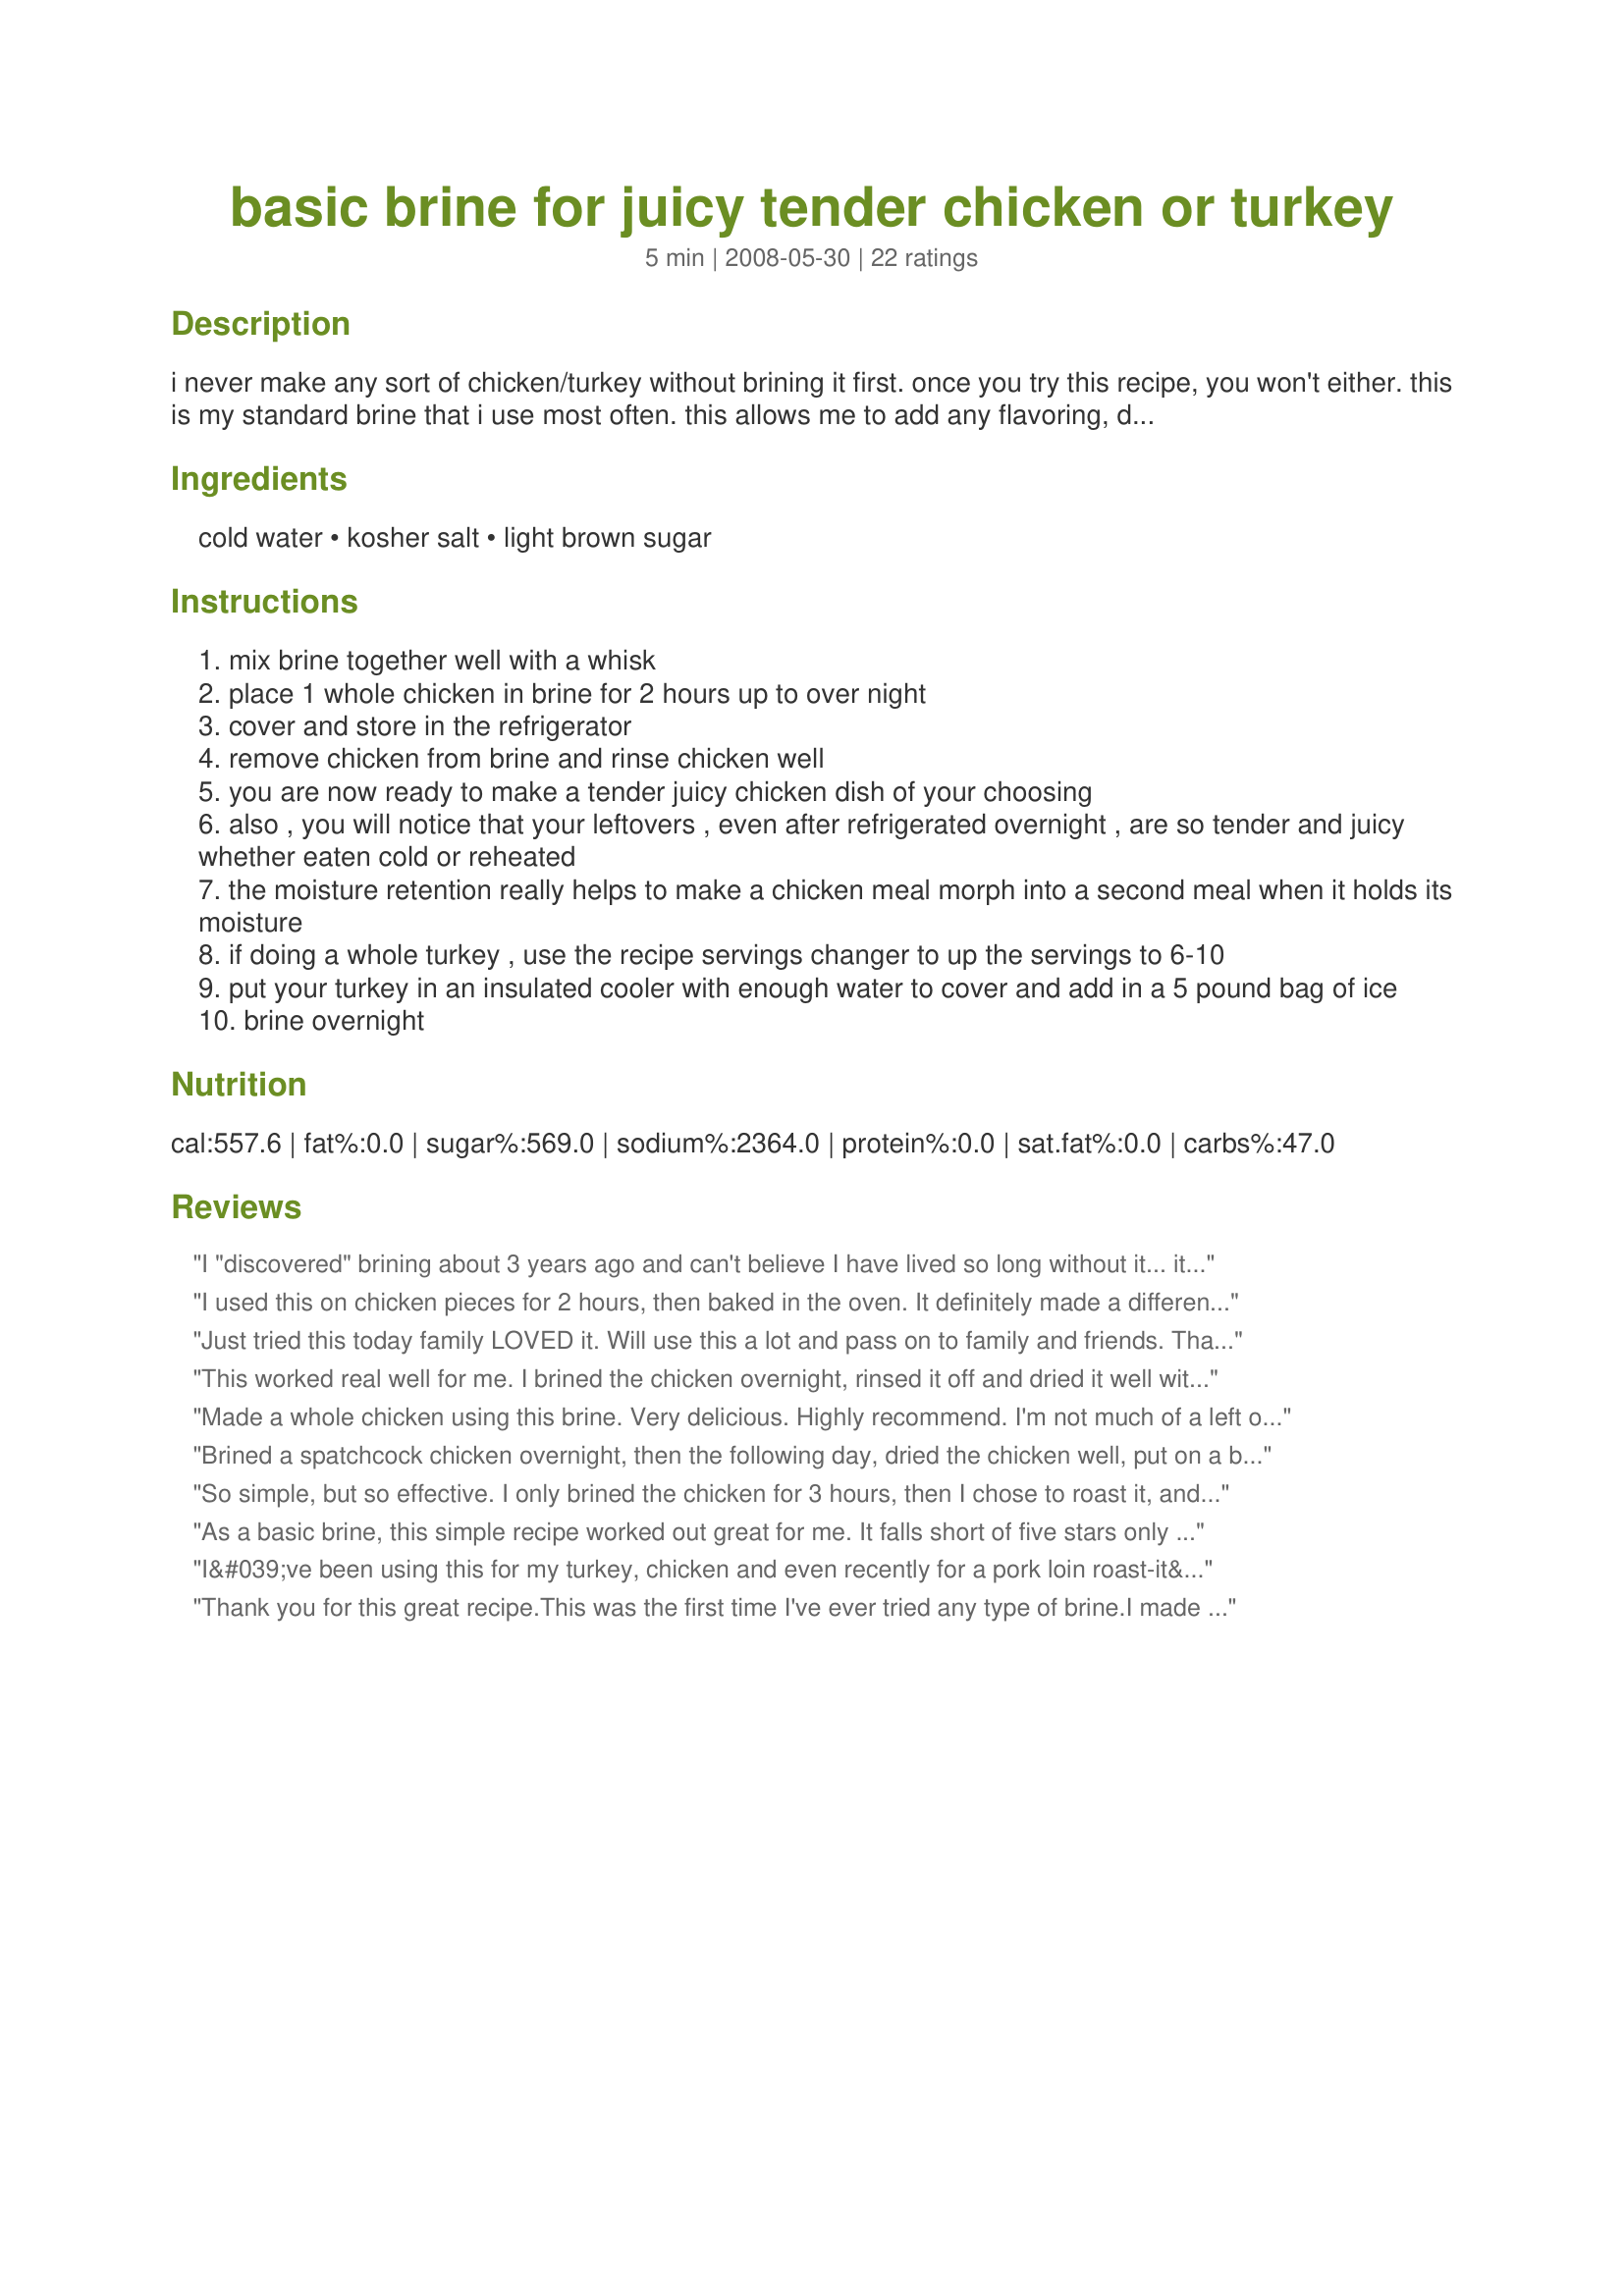
basic brine for juicy tender chicken or turkey
Preparation time: 5 minutes

i never make any sort of chicken/turkey without brining it first. once you try this recipe, you won't either. this is my standard brine that i use most often. this allows me to add any flavoring, dry rub, or sauce to my chicken without competing with the brine flavors. the brining process forces water into the muscle tissues of the meat by a process known as diffusion and osmosis. this additional moisture causes the muscle tissues to swell and hold more water. the resulting water in the muscle tissues will make the meat more moist and tender. any spices herbs or other flavorings you add to the brine solution will get taken deep into the meat with the water.

Ingredients:
cold water, kosher salt, light brown sugar

Steps:
mix brine together well with a whisk
place 1 whole chicken in brine for 2 hours up to over night
cover and store in the refrigerator
remove chicken from brine and rinse chicken well
you are now ready to make a tender juicy chicken dish of your choosing
also , you will notice that your leftovers , even after refrigerated overnight , are so tender and juicy whether eaten cold or reheated
the moisture retention really helps to make a chicken meal morph into a second meal when it holds its moisture
if doing a whole turkey , use the recipe servings changer to up the servings to 6-10
put your turkey in an insulated cooler with enough water to cover and add in a 5 pound bag of ice
brine overnight

Reviews:
I "discovered" brining about 3 years ago and can't believe I have lived so long without it... it really does make chicken/turkey so moist and juicy... I usually use another brine when I make turkey but it has a few spices in it that I think would interfere with other flavorings I was going to add to my chicken breasts, so this recipe was absolutely perfect! I scaled it way down since I had only 2 large breasts to cook and left them in the fridge for about 3 hours. I dried them off and then proceeded with Recipe #82388... Thanks for sharing a great, easy recipe many people can benefit from!!!
I used this on chicken pieces for 2 hours, then baked in the oven. It definitely made a difference. They were juicy and tasty. I didn't use the full amount of sugar and I would definitely be careful of not using too much salt.
Just tried this today family LOVED it. Will use this a lot and pass on to family and friends. Thanks.
This worked real well for me. I brined the chicken overnight, rinsed it off and dried it well with a paper towel before roasting it. The leftover chicken breast meat I ate 3 days later was still moist.
Made a whole chicken using this brine. Very delicious. Highly recommend. I'm not much of a left over guy. Three days later tender and delicious. I ate the whole chicken.
Brined a spatchcock chicken overnight, then the following day, dried the chicken well, put on a barbeque rub, and smoked the chicken in my pellet smoker. It was divine and extremely moist.
So simple, but so effective. I only brined the chicken for 3 hours, then I chose to roast it, and it was the best roast chicken I&#039;ve ever made. Some seem to believe that wet brining softens poultry skin and keeps it from getting very crispy, but after roasting at 450F for approx 1 hr the skin was super crispy, while the meat was juicy and flavorful.
As a basic brine, this simple recipe worked out great for me. It falls short of five stars only because I did a lot of tweaking to add flavor to the brine mix by adding some aromatics. I will say though, in the last three years I've been coming here for recipes, this is the first one that inspired me enough to make an account and comment.<br/><br/>I rough cut a carrot, celery stalk, three large cloves of garlic, and an onion. A couple of sprigs of fresh thyme (gently tap the sprigs with the back of a solid knife to bruise and bring out more essence) really rounded it out nicely. <br/><br/>I tossed all of that in with a whole cut up chicken and put it in the fridge. It smelled amazing, still cold and uncooked, when I lifted the lid off after only three hours of soaking in the brine. <br/><br/>I rinsed and patted the parts dry, then made a mixture of 2 tbs olive oil, 2 tsp paprika, 1 tsp fresh chopped garlic, 1 1/2 tsp finely chopped fresh thyme, and 1/2 tsp pepper. Baked at 425 for 30-40 minutes. My family absolutely loved it. I've never had chicken breast so tender and juicy. <br/><br/>You can chop two or three russet potatoes, skin on, toss in the same herb and oil mixture (before the chicken) and salt to taste. These can be cooked alongside the chicken and will be done at the same time.
I&#039;ve been using this for my turkey, chicken and even recently for a pork loin roast-it&#039;s the best I&#039;ve tried ever. It&#039;s simple and easy and the taste is awesome. I thought I had rated it years ago but just realized tonight that I had not. This is the only brine I will ever use-it does a wonderful job. Thanks for sharing this.
Thank you for this great recipe.This was the first time I've ever tried any type of brine.I made chicken thighs that I seasoned with onion and garlic powder after they came out of the brine.I broil them until done,turned the oven down to325 and applied Bar-B-Que until nicely glazed.That was the best chicken I have ever made and I have been cooking for over 40 yrs.Thank you again.
This is the exact ratio that I use for an overnight brine on whole chicken around 1,5 kilograms. I also scissor in a bunch of fresh parsley and toss in a few garlic cloves. My local Supermarket has roast bags that come with yummy seasoning. So after 8-10 hours in the brine I massage the entire chicken with the seasoning, toss what's left in the roast bag with half a can of beer and roast per roast bag instructions. I've done easily 20 chickens this way and not one has come out anything other than juicy and delicious and I'm no genius. Sometimes I still curdle cream making pasta.
I wish there were more stars to give. I followed the recipe exactly and ended up with some of the best chicken i have ever tasted. I ended up putting a chicken rub on mine before I barbecued it. The next day I made my husband a sandwich with the leftovers and the chicken was still very moist. MMMM, so good, I want to make some more today.
Tried this recipe today,it's a great recipe. I will keep using it. Thanks for posting.
This was my first attempt at brining and it was marvelous! I brined 2 cornish game hens and cooked with olive oil, garlic salt and pepper and they were delicious! so tender and moist, just wonderful! Thank you Brandee for suggesting and you were right, they finally thawed out lol.
Wow! Thanks for this! I always bought the pre-brined stuff from the butcher's, but I was not entirely happy since I know they put nitrates into it -- you know, the same stuff that goes into hot dogs to preserve it. I love that I have this recipe! It made my chicken breasts so tender and they did not dry out after frying them as chicken fingers--which so often happens to me. My only mistake was putting an equal amount of sugar and salt into it. I think it made them slightly sweet, when I was really going for a more savory taste. Next time, I won't skimp by trying to use the same measuring cup. ;o) Will use this all the time from now on. Thank you!
Thanks for posting this recipe, all of my chicken recipes are even better now!! :)
Good, but a bit salty - I think next time I make it, I will cut the salt in half. Thanks for the recipe :)
I'm about to try this with frozen (whole) chicken. My question is, if I brine this overnight in the fridge, it will still be frozen in the morning. Can I brine it longer, or can I rinse off the brine and continue defrosting it? My plan is to cut it up once it's defrosted and bake it afterward in red wine and low-sodium soy sauce (and a few other herbs and spices: I don't have the recipe in front of me, but it's really simple and yummy served over rice). You would think that would make it juicy enough, but it doesn't, since I am working with humanely raised chickens, which are skinny and dry.
Wanted to make recipe#271015 but wanted to brine the chicken first so found this recipe. I made it just as directed and it was very good. I think the title is perfect as this is a BASIC brine and I can see adding lots of favorites to it next time such as peppercorns or even smashed juniper berries. But very good as it stands
We brined our first heritage Thanksgiving turkey with this recipe. I took some notes from other recipes and added some orange slices and garlic cloves but kept everything else the same. It was the juiciest, most flavorful turkey we&#039;ve ever eaten. Thanks!
Not a big fan of chicken, but the brining process makes a huge difference. I now use this recipe everytime I make chicken breast for a recipe.
Used this for Recipe #327228. All I can say is that I enjoyed the fried chicken I had. Was juicy and so delicious! I didn't make a gallon though. Just halved it. Thanks for sharing. Made for Recipe Swap #21.
